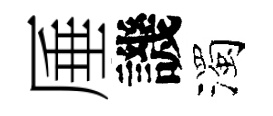
厜譏濁